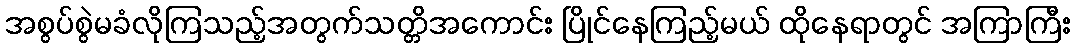
အစွပ်စွဲမခံလိုကြသည့်အတွက်သတ္တိအကောင်း ပြိုင်နေကြည့်မယ် ထိုနေရာတွင် အကြာကြီး